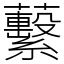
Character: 蘻